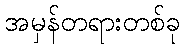
အမှန်တရားတစ်ခု